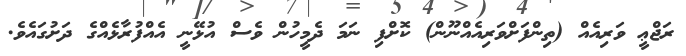
ރަޖްޢީ ވަރިއެއް (ތިންފަށްވަރިއެއްނޫން) ކޮށްފި ނަމަ ދެމީހުން ވެސް އުޅޭނީ އެއްފުރާޅެއްގެ ދަށުގައެވެ.